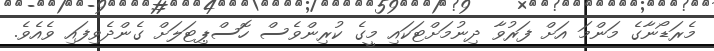
މެރަޑޯނާގެ މަންމަ އަށް ފަރުވާ ދިނުމަށްޓަކައި މީގެ ކުރިންވެސް ހޮސްޕިޓަލަށް ގެންދެވިފައި ވެއެވެ.